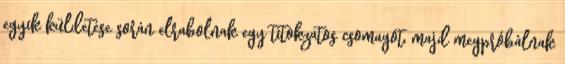
egyik küldetése során elrabolnak egy titokzatos csomagot, majd megpróbálnak